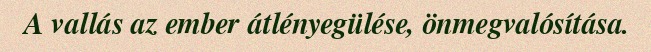
A vallás az ember átlényegülése, önmegvalósítása.